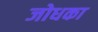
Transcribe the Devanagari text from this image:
जोधका